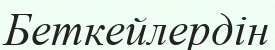
Беткейлердін